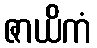
ဇာယိကံ